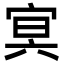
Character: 㝠